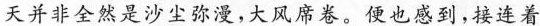
天并非全然是沙尘弥漫，大风席卷。便也感到，接连着